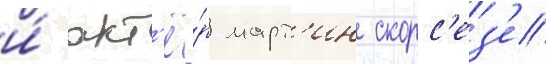
и́ акт'ё́р март'ин скорс'ез'е